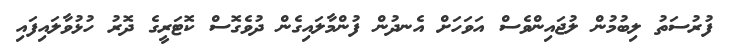
ފުރުސަތު ލިބުމުން ލުޖައިންވެސް އަވަހަށް އެނދުން ފުންމާލައިގެން ދުވެގޮސް ކޮޓަރީގެ ދޮރު ހުޅުވާލައިފައި